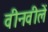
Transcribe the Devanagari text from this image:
वीनवीलें